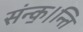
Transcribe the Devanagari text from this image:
संन्क॒।न्ति